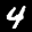
Label: 4